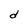
Character: d